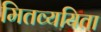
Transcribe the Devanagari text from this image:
मितव्‍ययिता